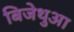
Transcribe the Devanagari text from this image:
बिजेथुआ